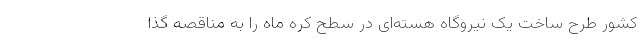
کشور طرح ساخت یک نیروگاه‌ هسته‌ای در سطح کره ماه را به مناقصه گذا